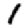
Digit: 1